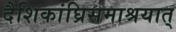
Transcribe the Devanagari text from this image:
दैशिकांघ्रिसमाश्रयात्